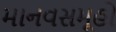
માનવસમૂહો